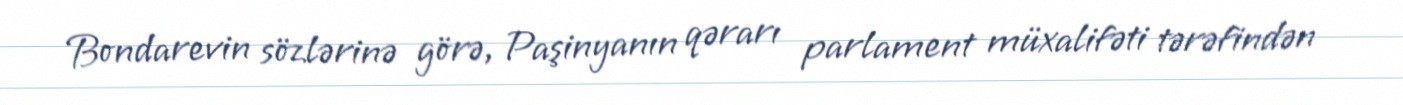
Bondarevin sözlərinə görə, Paşinyanın qərarı parlament müxalifəti tərəfindən